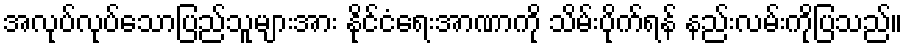
အလုပ်လုပ်သောပြည်သူများအား နိုင်ငံရေးအာဏာကို သိမ်းပိုက်ရန် နည်းလမ်းကိုပြသည်။